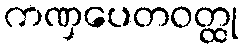
ကဏှပေတဝတ္ထု